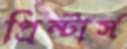
প্রিন্টার্স